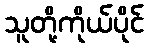
သူတို့ကိုယ်ပိုင်